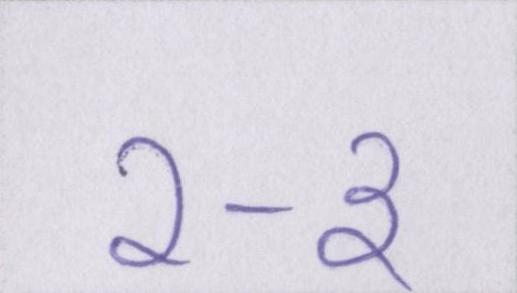
२-३